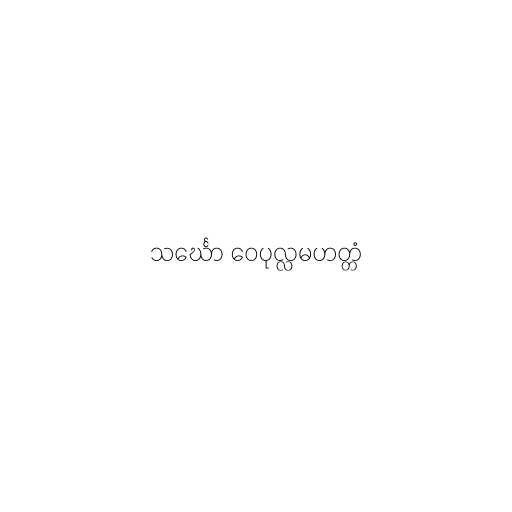
သင်္ဃော ဝေပုလ္လမဟတ္တံ